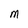
Character: M